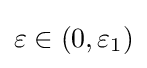
\varepsilon \in \left(0,\varepsilon _{1}\right)